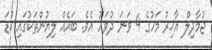
ޖުމާދިލް އާޚިރު މަހުގެ 4 ވަނަ ދުވަހު އެވެ. ބައެއް ލިޔުންތަކުގައި ކުޑަ